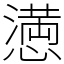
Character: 𢡛